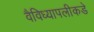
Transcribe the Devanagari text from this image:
वैविध्यापलीकडे